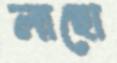
লাছো